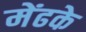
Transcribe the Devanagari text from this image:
मेंढके